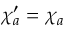
\chi _ { a } ^ { \prime } = \chi _ { a }